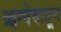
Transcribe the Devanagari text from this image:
ऋग्वेदातून